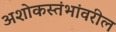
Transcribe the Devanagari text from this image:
अशोकस्तंभांवरील